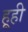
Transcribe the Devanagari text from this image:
हूही